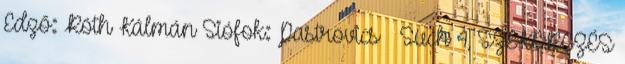
Edző: Róth Kálmán Siófok: Pastrovics – Such 4, SZEKERCZÉS